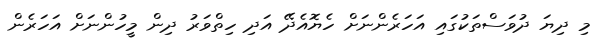
މި ދިޔަ ދުވަސްތަކުގައި އަހަރެންނަށް ހެޔޮއެދޭ އަދި ހިތްވަރު ދިން މީހުންނަށް އަހަރެން